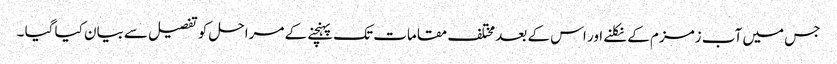
جس میں آب زمزم کے نکلنے اور اس کے بعد مختلف مقامات تک پہنچنے کے مراحل کو تفصیل سے بیان کیا گیا ۔